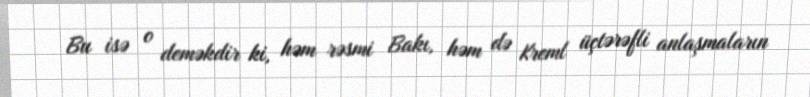
Bu isə o deməkdir ki, həm rəsmi Bakı, həm də Kreml üçtərəfli anlaşmaların